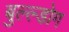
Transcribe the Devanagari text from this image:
बुल्ल्डोग